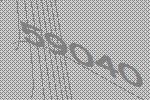
59040